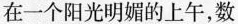
在一个阳光明媚的上午，数